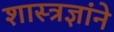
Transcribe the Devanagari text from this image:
शास्त्रज्ञांने